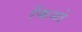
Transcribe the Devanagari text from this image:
फिनो